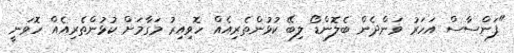
"ފަންސާސް އަހަރު ވަންދެން ބެލޮންޑޯ ލިބޭ ކުޅުންތެރިއެއް ހޮވިއިރު މަގާމަށް ކުޅުންތެރިއެއް ހޮވަނީ